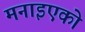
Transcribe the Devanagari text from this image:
मनाइएको